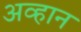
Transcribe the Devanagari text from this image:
अव्हान